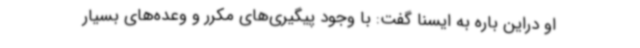
او دراین باره به ایسنا گفت: با وجود پیگیری‌های مکرر و وعده‌های بسیار